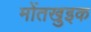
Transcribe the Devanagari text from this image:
मोंतखुइक